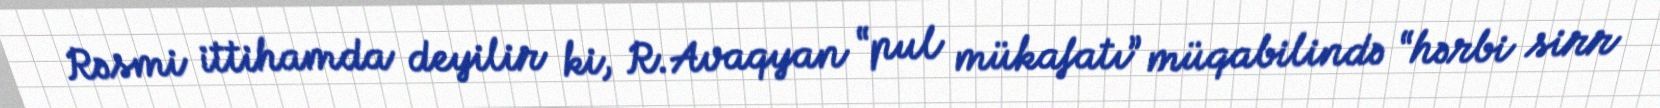
Rəsmi ittihamda deyilir ki, R.Avaqyan “pul mükafatı” müqabilində “hərbi sirr